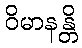
ဝိမာနန္တိ